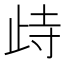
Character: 歭